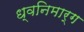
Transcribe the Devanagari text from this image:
ध्वनिमार्ग